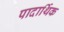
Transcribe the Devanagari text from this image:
पादार्थिक